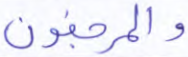
والمرجفون